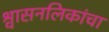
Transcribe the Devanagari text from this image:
श्वासनलिकांचा